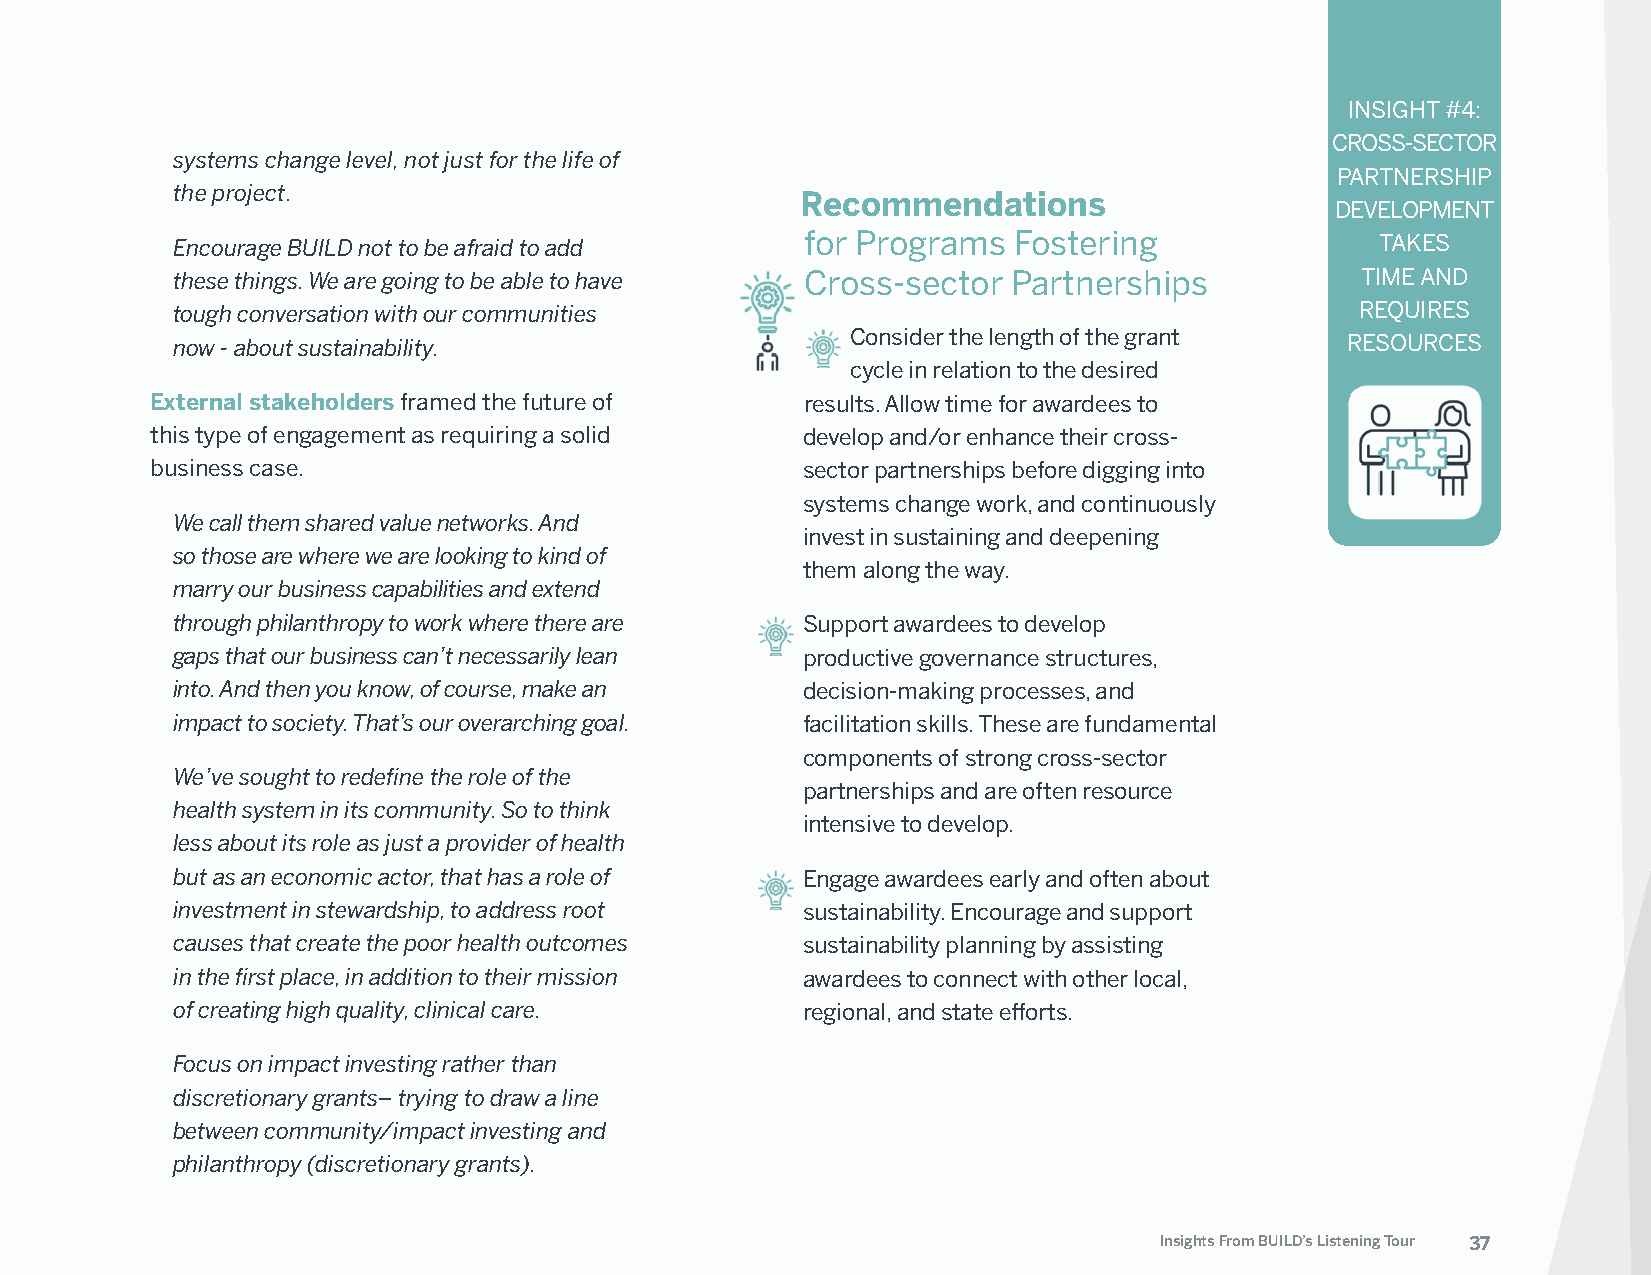
INSIGHT #4:
 CROSS-SECTOR
 systems change level, not just for the life of
 PARTNERSHIP
 the project.                              Recommendations
 DEVELOPMENT
 Encourage BUILD not to be afraid to add   for Programs  Fostering               TAKES
 these things. We are going to be able to have Cross-sector Partnerships        TIME AND
 tough conversation with our communities                                        REQUIRES
 Consider the length of the grant
 now - about sustainability.                                                   RESOURCES
 cycle in relation to the desired
 External stakeholders framed the future of results. Allow time for awardees to
 this type of engagement as requiring a solid develop and/or enhance their cross-
 business case.                             sector partnerships before digging into
 systems change work, and continuously
 We call them shared value networks. And
 invest in sustaining and deepening
 so those are where we are looking to kind of
 them along the way.
 marry our business capabilities and extend
 through philanthropy to work where there are Support awardees to develop
 gaps that our business can’t necessarily lean productive governance structures,
 into. And then you know, of course, make an decision-making processes, and
 impact to society. That’s our overarching goal. facilitation skills. These are fundamental
 components of strong cross-sector
 We’ve sought to redefine the role of the
 partnerships and are often resource
 health system in its community. So to think
 intensive to develop.
 less about its role as just a provider of health
 but as an economic actor, that has a role of Engage awardees early and often about
 investment in stewardship, to address root sustainability. Encourage and support
 causes that create the poor health outcomes sustainability planning by assisting
 in the first place, in addition to their mission awardees to connect with other local,
 of creating high quality, clinical care.  regional, and state efforts.
 Focus on impact investing rather than
 discretionary grants– trying to draw a line
 between community/impact investing and
 philanthropy (discretionary grants).
 Insights From BUILD’s Listening Tour 37